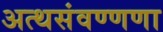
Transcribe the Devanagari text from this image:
अत्थसंवण्णणा